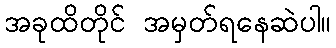
အခုထိတိုင် အမှတ်ရနေဆဲပါ။